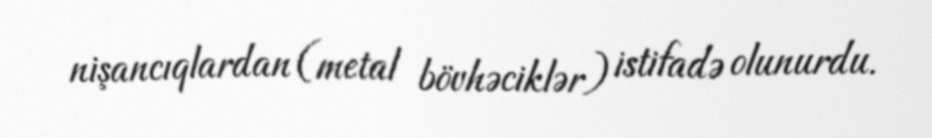
nişancıqlardan (metal bövhəciklər) istifadə olunurdu.